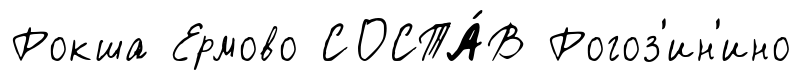
Рокша Ермово СОСТА́В Рогоз'ин'ино